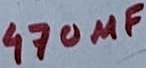
Text: 470µF